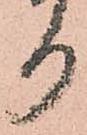
り